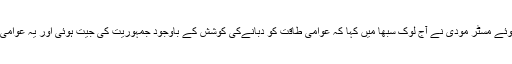
صدر کے خطبے پر شکریہ کی تحریک پر ہونے والی بحث کا جواب دیتے ہوئے مسٹر مودی نے آج لوک سبھا میں کہا کہ عوامی طاقت کو دبانےکی کوشش کے باوجود جمہوریت کی جیت ہوئی اور یہ عوامی طاقت کا ہی نتیجہ ہے کہ آج ایک غریب ماں کا بیٹا ملک کا وزیر اعظم ہے۔